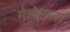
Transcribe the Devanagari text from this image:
गेलेलला